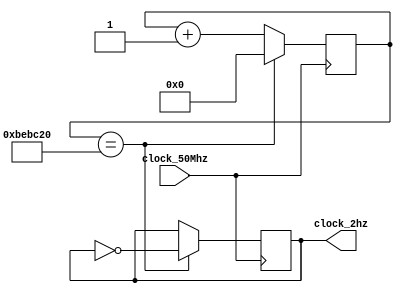
module frequency_divider_2HZ
(input clock_50Mhz,
output reg clock_2hz);

reg [25:0] counter ; //So necessrios 26 bits para armazenar a contagem do clock_

always @ (posedge clock_50Mhz)
begin

	if (counter==12500000)
	begin
	clock_2hz = ~clock_2hz;
	counter =0;
	end
	
	else 
	counter = counter+1;

	end
endmodule